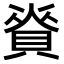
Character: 𧶦